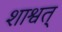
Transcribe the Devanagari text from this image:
शाश्वत्‌